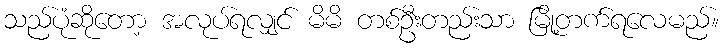
သည်ပုံဆိုတော့ အလုပ်ရလျှင် မိမိ တစ်ဦးတည်းသာ မြို့တက်ရလေမည်။